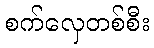
စက်လှေတစ်စီး